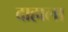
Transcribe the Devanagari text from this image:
दाहाला